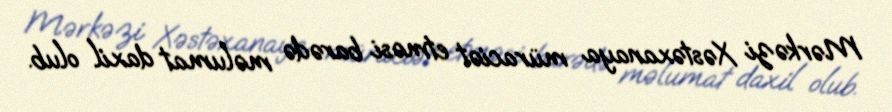
Mərkəzi Xəstəxanaya müraciət etməsi barədə məlumat daxil olub.